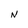
Character: N